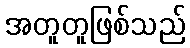
အတူတူဖြစ်သည်